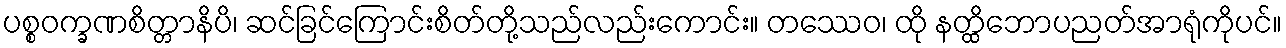
ပစ္စဝက္ခဏစိတ္တာနိပိ၊ ဆင်ခြင်ကြောင်းစိတ်တို့သည်လည်းကောင်း။ တဿေဝ၊ ထို နတ္ထိဘောပညတ်အာရုံကိုပင်။